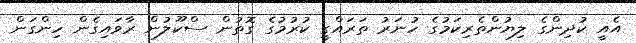
އެއީ ކުދިންގެ ލިޔުންތެރިކަމުގެ ހުނަރު ތަރައްގީ ކުރުމުގެ ގޮތުން ސްކޫލުން ރާވައިގެން ހިންގަން